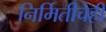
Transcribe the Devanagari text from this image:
निर्मितीचेही